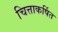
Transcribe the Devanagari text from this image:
चित्ताकर्षित